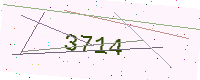
Text: 3714